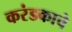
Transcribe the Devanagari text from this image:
करंडकाचे